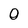
Character: 0